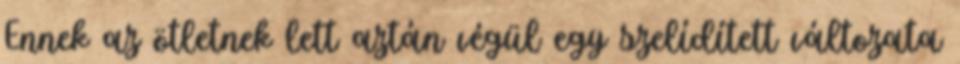
Ennek az ötletnek lett aztán végül egy szelídített változata